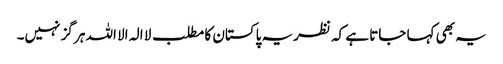
یہ بھی کہا جاتا ہے کہ نظریہ پاکستان کا مطلب لا الہ الا اللہ ہر گز نہیں۔